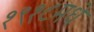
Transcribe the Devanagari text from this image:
१९१८मधे